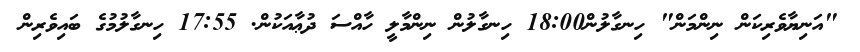
"އަނިޔާވެރިކަން ނިންމަން" ހިނގާލުން18:00 ހިނގާލުން ނިންމާލީ ހާއްސަ ދުޢާއަކުން. 17:55 ހިނގާލުމުގެ ބައިވެރިން